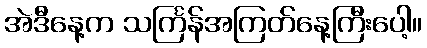
အဲဒီနေ့က သင်္ကြန်အကြတ်နေ့ကြီးပေါ့။